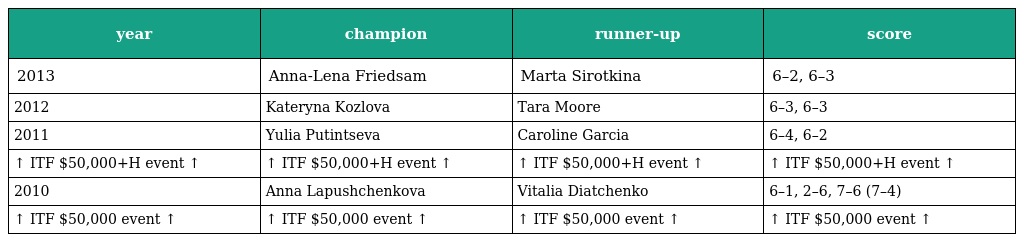
| year | champion | runner-up | score |
 | --- | --- | --- | --- |
 | 2013 | Anna-Lena Friedsam | Marta Sirotkina | 6–2, 6–3 |
 | 2012 | Kateryna Kozlova | Tara Moore | 6–3, 6–3 |
 | 2011 | Yulia Putintseva | Caroline Garcia | 6–4, 6–2 |
 | ↑ ITF $50,000+H event ↑ | ↑ ITF $50,000+H event ↑ | ↑ ITF $50,000+H event ↑ | ↑ ITF $50,000+H event ↑ |
 | 2010 | Anna Lapushchenkova | Vitalia Diatchenko | 6–1, 2–6, 7–6 (7–4) |
 | ↑ ITF $50,000 event ↑ | ↑ ITF $50,000 event ↑ | ↑ ITF $50,000 event ↑ | ↑ ITF $50,000 event ↑ |